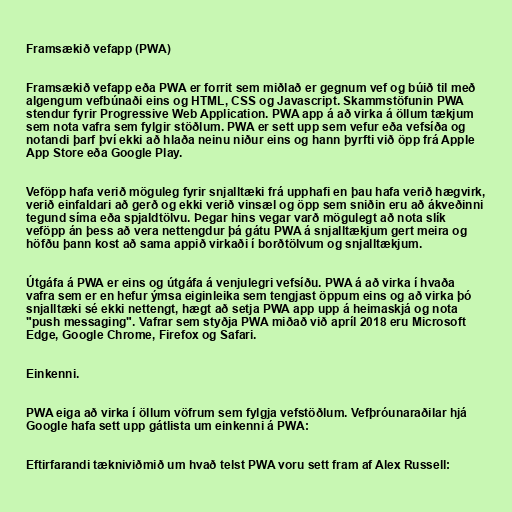
Framsækið vefapp (PWA)

Framsækið vefapp eða PWA er forrit sem miðlað er gegnum vef og búið til með
algengum vefbúnaði eins og HTML, CSS og Javascript. Skammstöfunin PWA
stendur fyrir Progressive Web Application. PWA app á að virka á öllum tækjum
sem nota vafra sem fylgir stöðlum. PWA er sett upp sem vefur eða vefsíða og
notandi þarf því ekki að hlaða neinu niður eins og hann þyrfti við öpp frá Apple
App Store eða Google Play.

Veföpp hafa verið möguleg fyrir snjalltæki frá upphafi en þau hafa verið hægvirk,
verið einfaldari að gerð og ekki verið vinsæl og öpp sem sniðin eru að ákveðinni
tegund síma eða spjaldtölvu. Þegar hins vegar varð mögulegt að nota slík
veföpp án þess að vera nettengdur þá gátu PWA á snjalltækjum gert meira og
höfðu þann kost að sama appið virkaði í borðtölvum og snjalltækjum.

Útgáfa á PWA er eins og útgáfa á venjulegri vefsíðu. PWA á að virka í hvaða
vafra sem er en hefur ýmsa eiginleika sem tengjast öppum eins og að virka þó
snjalltæki sé ekki nettengt, hægt að setja PWA app upp á heimaskjá og nota
"push messaging". Vafrar sem styðja PWA miðað við apríl 2018 eru Microsoft
Edge, Google Chrome, Firefox og Safari.

Einkenni.

PWA eiga að virka í öllum vöfrum sem fylgja vefstöðlum. Vefþróunaraðilar hjá
Google hafa sett upp gátlista um einkenni á PWA:

Eftirfarandi tækniviðmið um hvað telst PWA voru sett fram af Alex Russell: